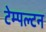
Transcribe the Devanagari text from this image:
टेम्पल्टन